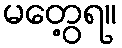
မတွေ့ရ။